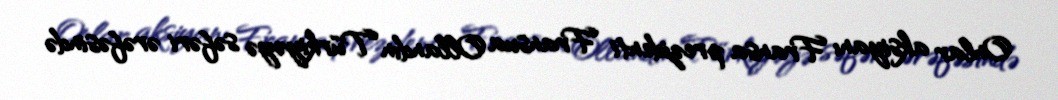
Onlar aksiyanı Fransa prezidenti Fransua Ollandın Türkiyəyə səfəri ərəfəsində